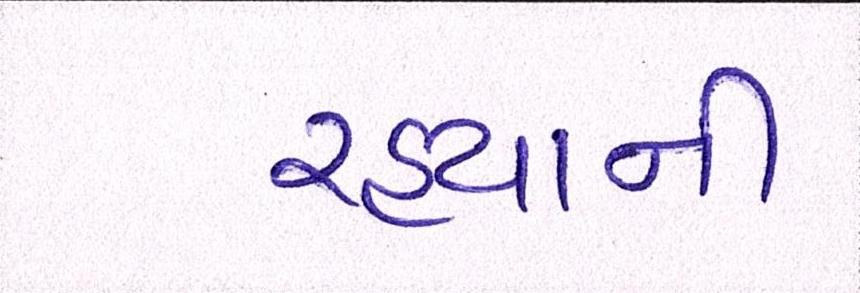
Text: રહ્યાની